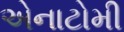
એનાટોમી